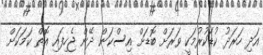
އަދި ހަރަދު ކުޑަކުރުމަކީ ވަރަށް ބޮޑަށް އިސްކަން ދޭން ޖެހިފައި އޮތް ކަމަކަށް